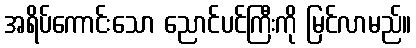
အရိပ်ကောင်းသော ညောင်ပင်ကြီးကို မြင်လာမည်။